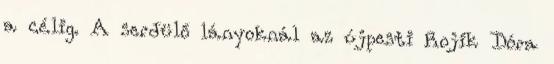
a célig. A serdülő lányoknál az újpesti Rojik Dóra